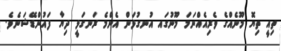
ތިއީ ތިޔޮ މޫނެއްގެ ވެރިއެއްނަމަ މޫނުގައ އުނގުޅަން އެންމެ ރަނގަޅީ ދިޔާ ފައުންޑޭޝަނެވެ.